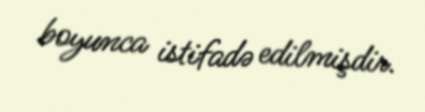
boyunca istifadə edilmişdir.